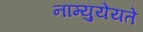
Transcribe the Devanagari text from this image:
नाम्युयेयते